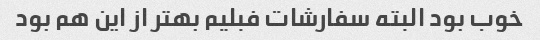
خوب بود البته سفارشات فبلیم بهتر از این هم بود